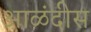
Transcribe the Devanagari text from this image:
आळंदीस